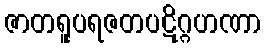
ဇာတရူပရဇတပဋိဂ္ဂဟဏာ